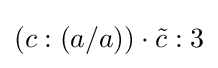
(c:(a/a))\cdot {\tilde {c}}:3